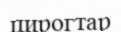
пирогтар